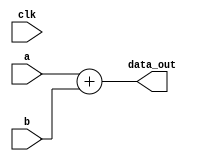
module test(clk, a, b, data_out);
	input clk;
	input [3:0] a, b;
	output reg [4:0] data_out;

	always @(*) begin
		data_out = a + b;
	end
endmodule